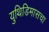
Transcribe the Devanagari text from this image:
युथिडिमासचा